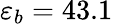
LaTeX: \varepsilon_{b}=43.1